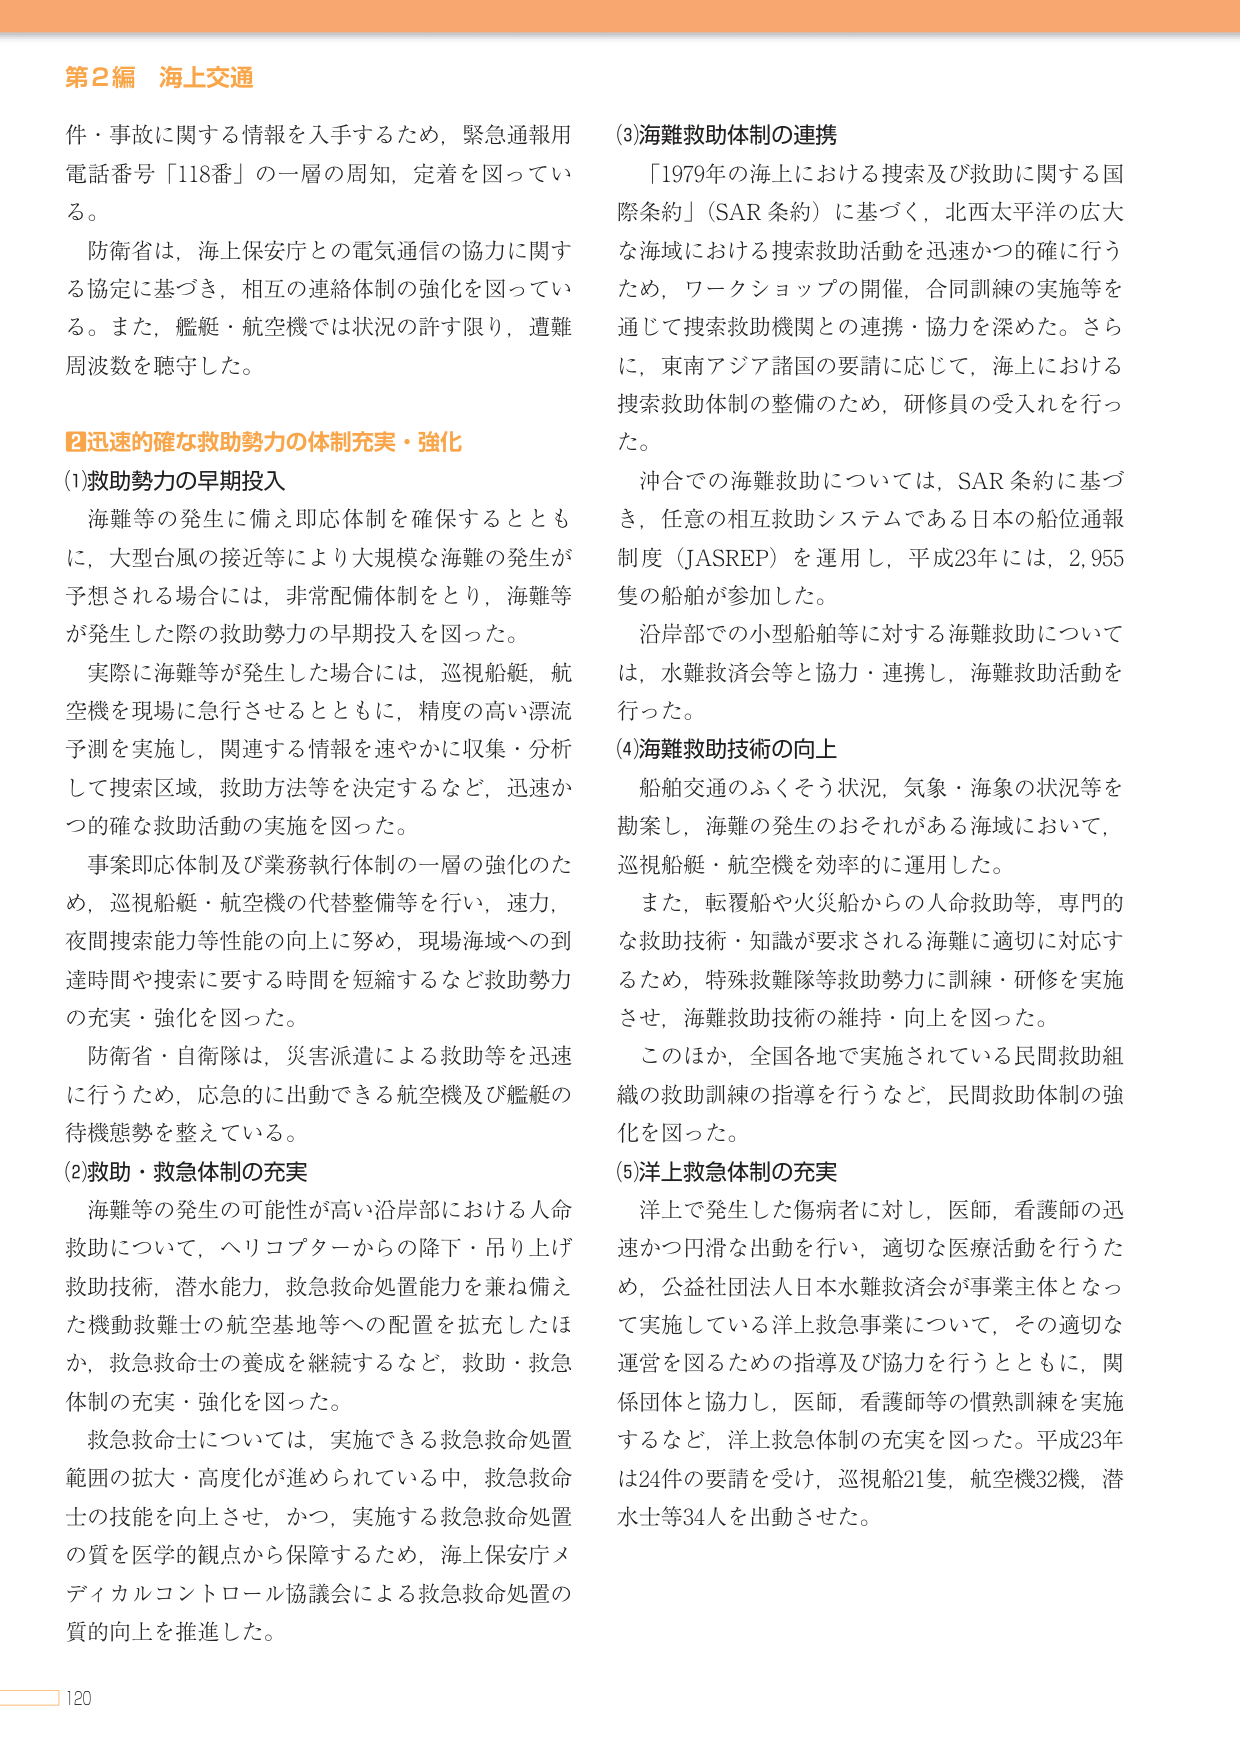
第2編 海上交通

件・事故に関する情報を入手するため，緊急通報用
電話番号「118番」の一層の周知，定着を図ってい
る。

防衛省は，海上保安庁との電気通信の協力に関す
る協定に基づき，相互の連絡体制の強化を図ってい
る。また，艦艇・航空機では状況の許す限り，遭難
周波数を聴守した。

■迅速的確な救助勢力の体制充実・強化

(1)救助勢力の早期投入

海難等の発生に備え即応体制を確保するととも
に，大型台風の接近等により大規模な海難の発生が
予想される場合には，非常配備体制をとり，海難等
が発生した際の救助勢力の早期投入を図った。

実際に海難等が発生した場合には，巡視船艇，航
空機を現場に急行させるとともに，精度の高い漂流
予測を実施し，関連する情報を速やかに収集・分析
して捜索区域，救助方法等を決定するなど，迅速か
つ的確な救助活動の実施を図った。

事案即応体制及び業務執行体制の一層の強化のた
め，巡視船艇・航空機の代替整備等を行い，速力，
夜間捜索能力等性能の向上に努め，現場海域への到
達時間や捜索に要する時間を短縮するなど救助勢力
の充実・強化を図った。

防衛省・自衛隊は，災害派遣による救助等を迅速
に行うため，応急的に出動できる航空機及び艦艇の
待機態勢を整えている。

(2)救助・救急体制の充実

海難等の発生の可能性が高い沿岸部における人命
救助について，ヘリコプターからの降下・吊り上げ
救助技術，潜水能力，救急救命処置能力を兼ね備え
た機動救難士の航空基地等への配置を拡充したほ
か，救急救命士の養成を継続するなど，救助・救急
体制の充実・強化を図った。

救急救命士については，実施できる救急救命処置
範囲の拡大・高度化が進められている中，救急救命
士の技能を向上させ，かつ，実施する救急救命処置
の質を医学的観点から保障するため，海上保安庁メ
ディカルコントロール協議会による救急救命処置の
質の向上を推進した。

(3)海難救助体制の連携

「1979年の海上における捜索及び救助に関する国
際条約」（SAR 条約）に基づく，北西太平洋の広大
な海域における捜索救助活動を迅速かつ的確に行う
ため，ワークショップの開催，合同訓練の実施等を
通じて捜索救助機関との連携・協力を深めた。さら
に，東南アジア諸国の要請に応じて，海上における
捜索救助体制の整備のため，研修員の受入れを行っ
た。

沖合での海難救助については，SAR 条約に基づ
き，任意の相互救助システムである日本の船位通報
制度（JASREP）を運用し，平成23年には，2,955
隻の船舶が参加した。

沿岸部での小型船舶等に対する海難救助について
は，水難救済会等と協力・連携し，海難救助活動を
行った。

(4)海難救助技術の向上

船舶交通のふくそう状況，気象・海象の状況等を
勘案し，海難の発生のおそれがある海域において，
巡視船艇・航空機を効率的に運用した。

また，転覆船や火災船からの人命救助等，専門的
な救助技術・知識が要求される海難に適切に対応す
るため，特殊救難隊等救助勢力に訓練・研修を実施
させ，海難救助技術の維持・向上を図った。

このほか，全国各地で実施されている民間救助組
織の救助訓練の指導を行うなど，民間救助体制の強
化を図った。

(5)洋上救急体制の充実

洋上で発生した傷病者に対し，医師，看護師の迅
速かつ円滑な出動を行い，適切な医療活動を行うた
め，公益社団法人日本水難救済会が事業主体となっ
て実施している洋上救急事業について，その適切な
運営を図るための指導及び協力を行うとともに，関
係団体と協力し，医師，看護師等の慣熟訓練を実施
するなど，洋上救急体制の充実を図った。平成23年
は24件の要請を受け，巡視船21隻，航空機32機，潜
水士等34人を出動させた。

120